Report of the Indian Hemp Drugs Commission, 1894-1895 - Volume VI
Year: 1894
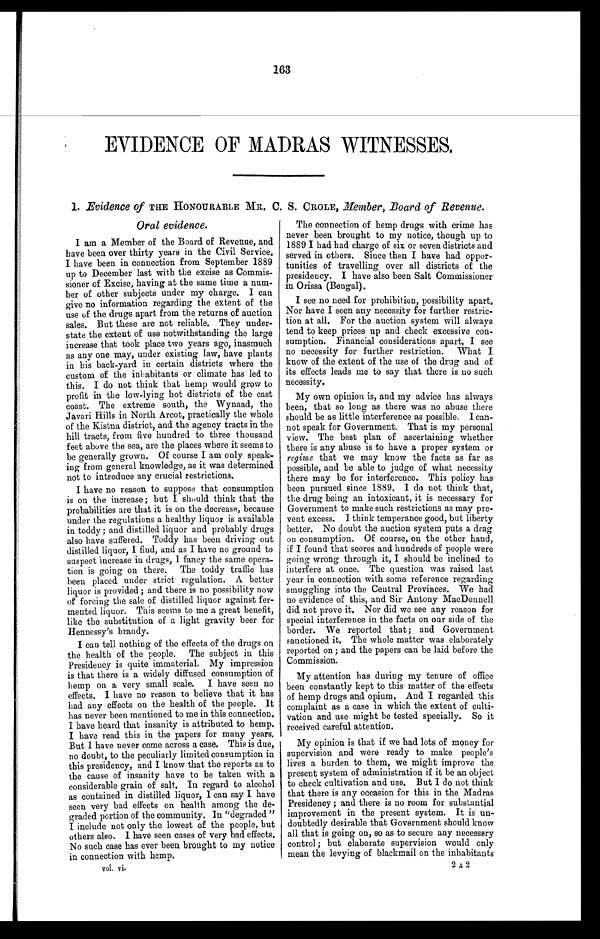
163
EVIDENCE OF MADRAS WITNESSES.
1. Evidence of THE HONOURABLE MR. C. S. CROLE, Member, Board of Revenue.
Oral evidence.
I am a Member of the Board of Revenue, and
have been over thirty years in the Civil Service.
I have been in connection from September 1889
up to December last with the excise as Commis-
sioner of Excise, having at the same time a num-
ber of other subjects under my charge. I can
give no information regarding the extent of the
use of the drugs apart from the returns of auction
sales. But these are not reliable. They under-
state the extent of use notwithstanding the large
increase that took place two years ago, inasmuch
as any one may, under existing law, have plants
in his back-yard in certain districts where the
custom of the inhabitants or climate has led to
this. I do not think that hemp would grow to
profit in the low-lying hot districts of the east
coast. The extreme south, the Wynaad, the
Javari Hills in North Arcot, practically the whole
of the Kistna district, and the agency tracts in the
hill tracts, from five hundred to three thousand
feet above the sea, are the places where it seems to
be generally grown. Of course I am only speak-
ing from general knowledge, as it was determined
not to introduce any crucial restrictions.
I have no reason to suppose that consumption
is on the increase; but I should think that the
probabilities are that it is on the decrease, because
under the regulations a healthy liquor is available
in toddy ; and distilled liquor and probably drugs
also have suffered. Toddy has been driving out
distilled liquor, I find, and as I have no ground to
suspect increase in drugs, I fancy the same opera-
tion is going on there. The toddy traffic has
been placed under strict regulation. A better
liquor is provided ; and there is no possibility now
of forcing the sale of distilled liquor against fer-
mented liquor. This seems to me a great benefit,
like the substitution of a light gravity beer for
Hennessy's brandy.
I can tell nothing of the effects of the drugs on
the health of the people. The subject in this
Presidency is quite immaterial. My impression
is that there is a widely diffused consumption of
hemp on a very small scale. I have seen no
effects. I have no reason to believe that it has
had any effects on the health of the people. It
has never been mentioned to me in this connection.
I have heard that insanity is attributed to hemp.
I have read this in the papers for many years,
But I have never come across a case. This is due,
no doubt, to the peculiarly limited consumption in
this presidency, and I know that the reports as to
the cause of insanity have to be taken with a
considerable grain of salt. In regard to alcohol
as contained in distilled liquor, I can say I have
seen very bad effects on health among the de-
graded portion of the community. In "degraded"
I include not only the lowest of the people, but
others also. I have seen cases of very bad effects.
No such case has ever been brought to my notice
in connection with hemp.
The connection of hemp drugs with crime has
never been brought to my notice, though up to
1889 I had had charge of six or seven districts and
served in others. Since then I have had oppor-
tunities of travelling over all districts of the
presidency. I have also been Salt Commissioner
in Orissa (Bengal).
I see no need for prohibition, possibility apart.
Nor have I seen any necessity for further restric-
tion at all. For the auction system will always
tend to keep prices up and check excessive con-
sumption. Financial considerations apart, I see
no necessity for further restriction. What I
know of the extent of the use of the drug and of
its effects leads me to say that there is no such
necessity.
My own opinion is, and my advice has always
been, that so long as there was no abuse there
should be as little interference as possible. I can-
not speak for Government. That is my personal
view. The best plan of ascertaining whether
there is any abuse is to have a proper system or
regime that we may know the facts as far as
possible, and be able to judge of what necessity
there may be for interference. This policy has
been pursued since 1889. I do not think that,
the drug being an intoxicant, it is necessary for
Government to make such restrictions as may pre-
vent excess. I think temperance good, but liberty
better. No doubt the auction system puts a drag
on consumption. Of course, on the other hand,
if I found that scores and hundreds of people were
going wrong through it, I should be inclined to
interfere at once. The question was raised last
year in connection with some reference regarding
smuggling into the Central Provinces. We had
no evidence of this, and Sir Antony MacDonnell
did not prove it. Nor did we see any reason for
special interference in the facts on our side of the
border. We reported that; and Government
sanctioned it. The whole matter was elaborately
reported on; and the papers can be laid before the
Commission.
My attention has during my tenure of office
been constantly kept to this matter of the effects
of hemp drugs and opium. And I regarded this
complaint as a case in which the extent of culti-
vation and use might be tested specially. So it
received careful attention.
My opinion is that if we had lots of money for
supervision and were ready to make people's
lives a burden to them, we might improve the
present system of administration if it be an object
to check cultivation and use. But I do not think
that there is any occasion for this in the Madras
Presidency ; and there is no room for substantial
improvement in the present system. It is un-
doubtedly desirable that Government should know
all that is going on, so as to secure any necessary
control ; but elaborate supervision would only
mean the levying of blackmail on the inhabitants